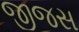
જીજસ